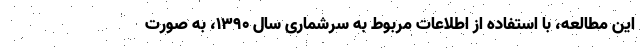
این مطالعه، با استفاده از اطلاعات مربوط به سرشماری سال ۱۳۹۰، به صورت